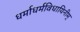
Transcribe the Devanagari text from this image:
धर्माधर्मविधायिनीम्